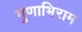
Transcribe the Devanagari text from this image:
गुणाभिराम